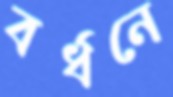
বর্ধনে